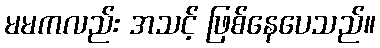
မမကလည်း အသင့် ဖြစ်နေပေသည်။